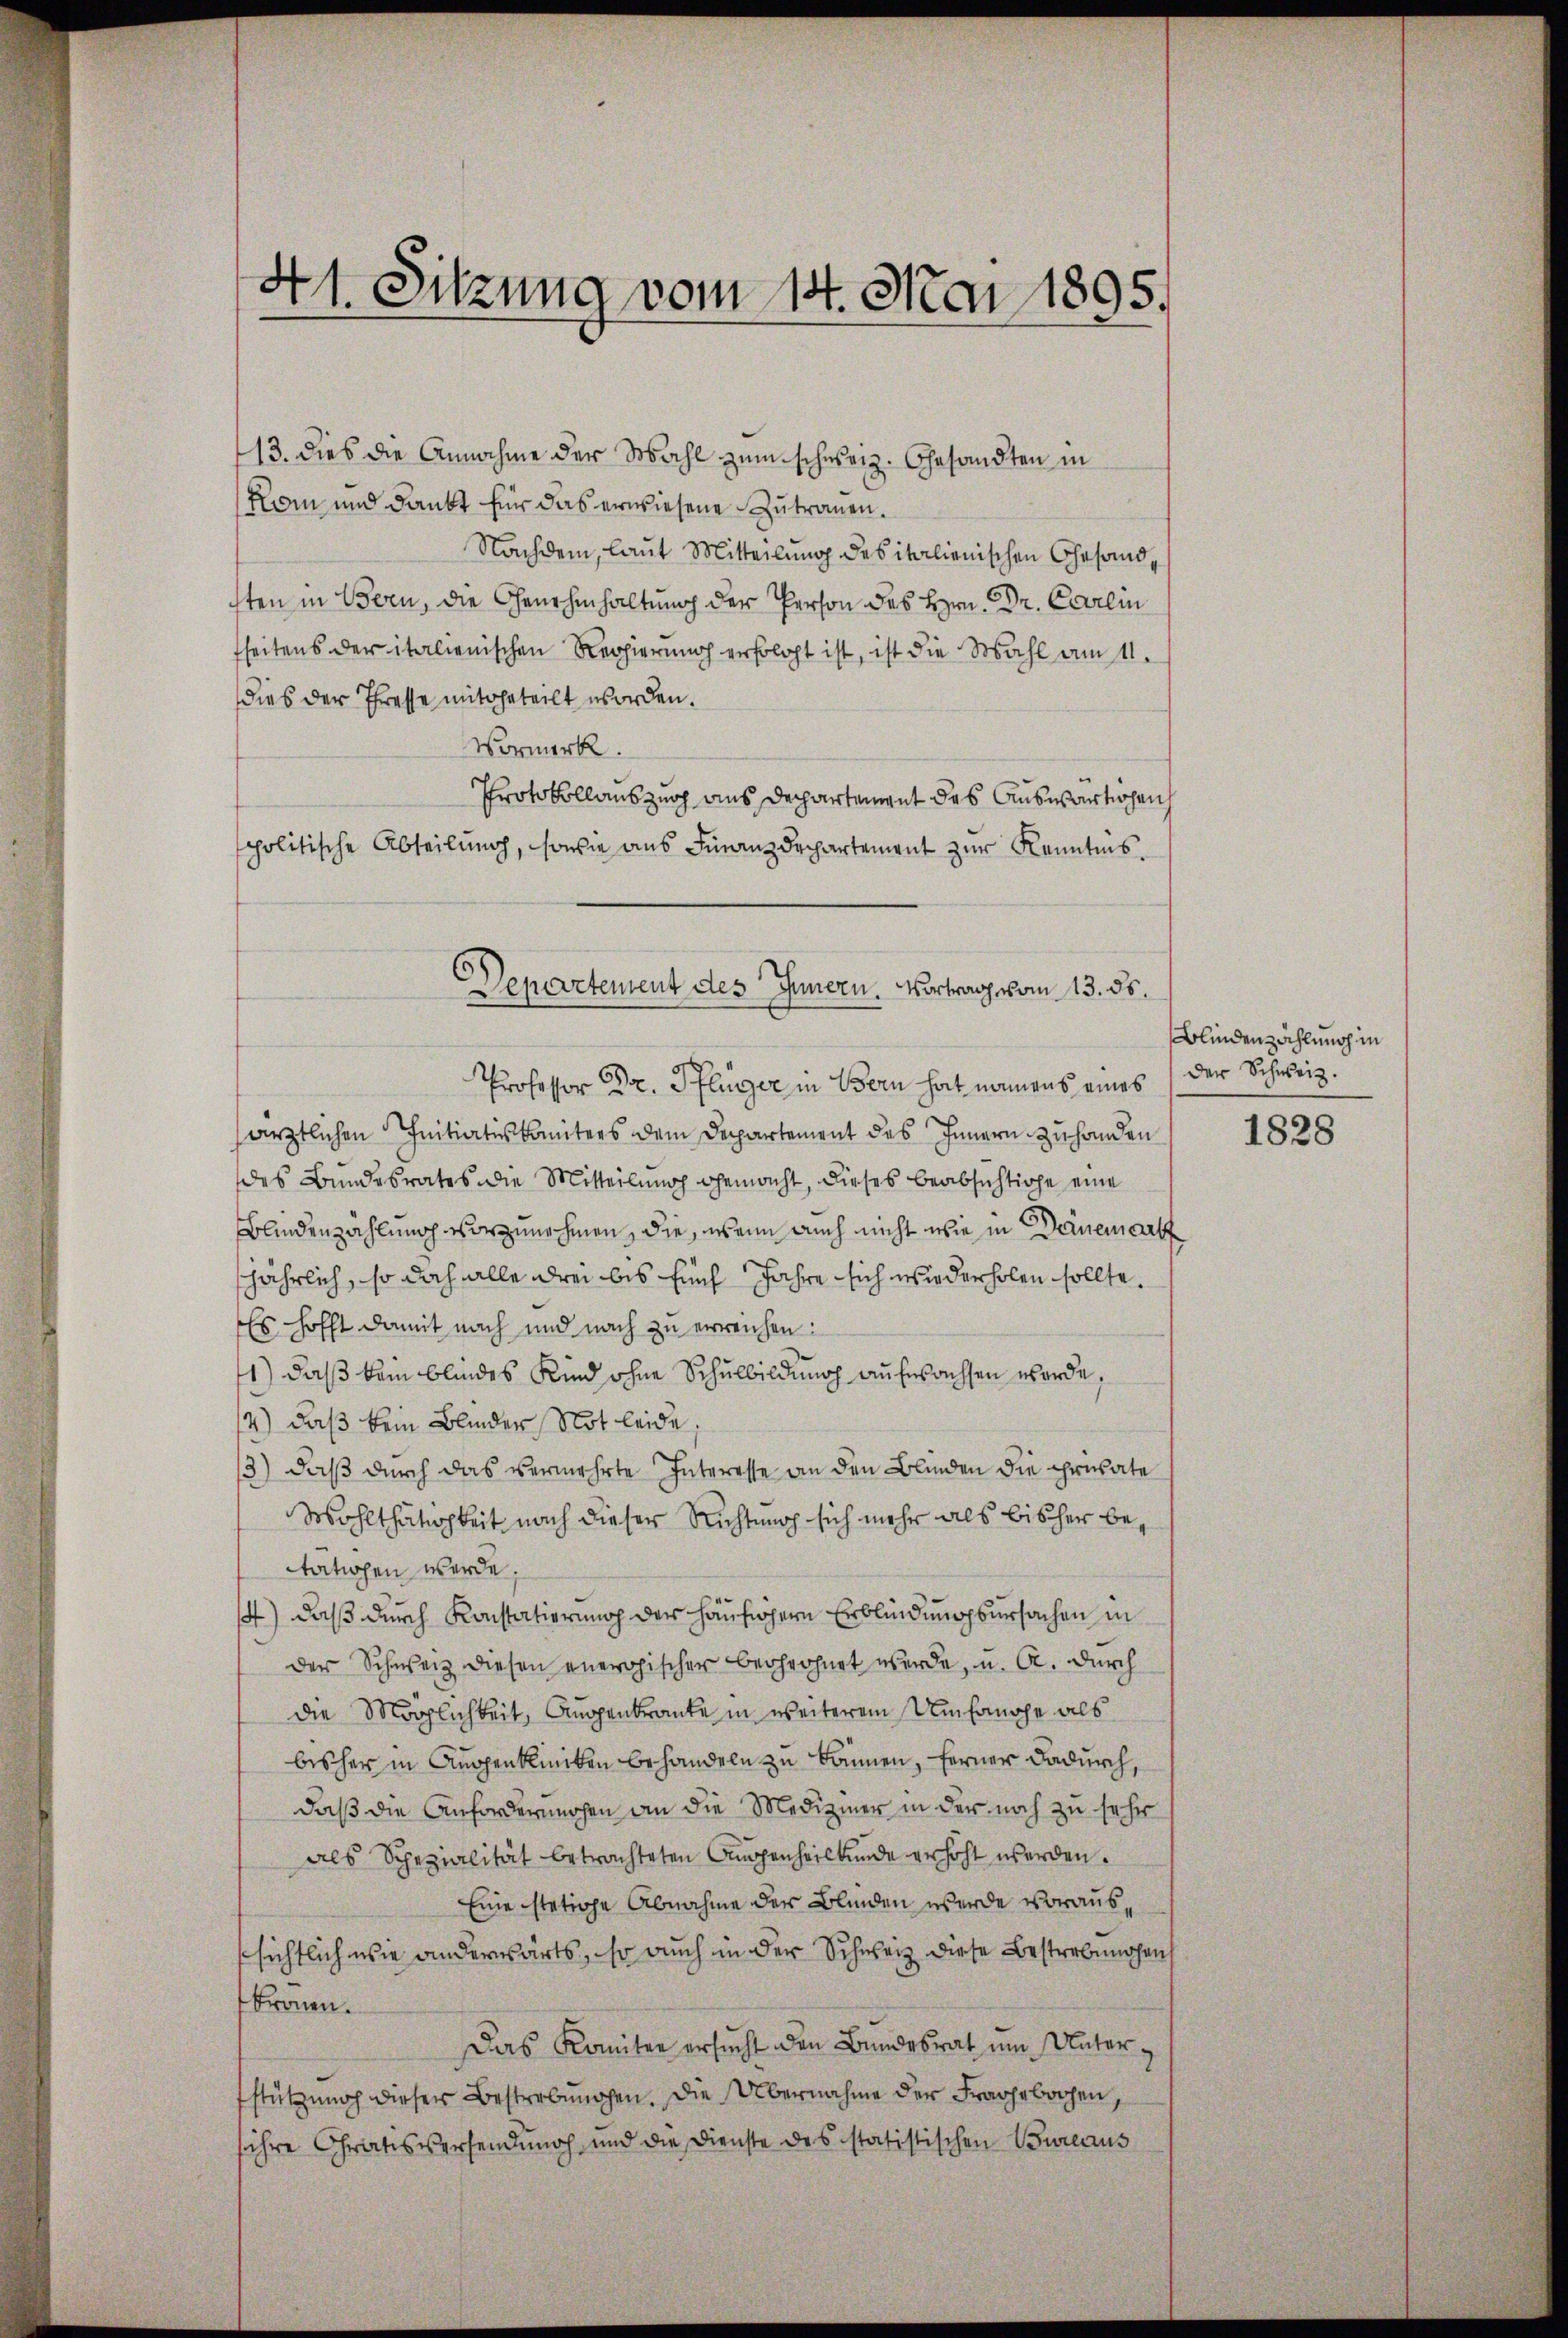
d
11. Sitzung vom 14. Mai 1895.

13. dies die Annahme der Mahl zum schweiz. Gesandten in
Kom und dankt für das erwiesene Zutrauen.
Nachdem, laut Mitteilung des italienischen Gesandsten in Bern, die Genehmhaltung der Person des Hrn. Dr. Carlin
fseitens der italienischen Regierung erfolgt ist, ist die Wahl am 11.
dies der Presse mitgeteilt worden.
Vormerk
Protokollauszug aus Dechartement des Auswärtigen
politische Abteilung, sowie aus Finanzdepartement zur Kenntnis.
Professor Dr. Pflüger in Bern hat namens eines der Schweiz.
särztlichen Initiatiskomiters dem Departement des Innern zuhanden
des Bundesrates die Mitteilung gemacht, dieses beabsichtige eine
Blindenzahlung vorzunehmen, die, wenn auch nicht wie in Deinemart
jährlich, so doch alle drei bis Euch Jahre sich wiederholen sollte.
Es hofft damit nach und nach zu erreichen:
1) daß kein blindes Kind ohne Schulbildung aufwachsen werde,
4) daß kein Blinder Not leide,
3) daß durch das vermehrte Interesse an den Blinden die private
Wohlthätigkeit nach dieser Richtung sich mehr als bisher bewationen werde.
1) daß durch Konstatierung der häufigern Erblindungsursachen in
der Schweiz diesen energischer bedrohnet werde, u. A. durch
die Möglichkeit, Augenkranke in weiterem Umfanche als
bisher in Augenkliniken behandeln zu können, ferner dadurch,
daß die Anfordernnchen an die Mediziner in der noch zu sehr
als Schezialität betrachteten Auggenheilkunde erhöht werden.
Eine stetige Abnahme der Blinden werde voraus,
sichtlich wie anderwärts, so auch in der Schweiz diese Bestrebungen
kronen.
Das Komiter ersucht den Bundesrat um Unterstützung dieser Bestrebungen. Die Übernahme der Fragebogen,
sihre Chratsversendung und die Dienste des statistischen Bureaus

Departement des Innern. Vortrag vom 13. ds.

Blindenzählung in

1828